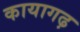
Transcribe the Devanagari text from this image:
कायागढ़